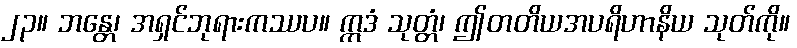
၂၃။ ဘန္တေ၊ အရှင်ဘုရားကဿပ။ ဣဒံ သုတ္တံ၊ ဤတတိယအပရိဟာနိယ သုတ်ကို။